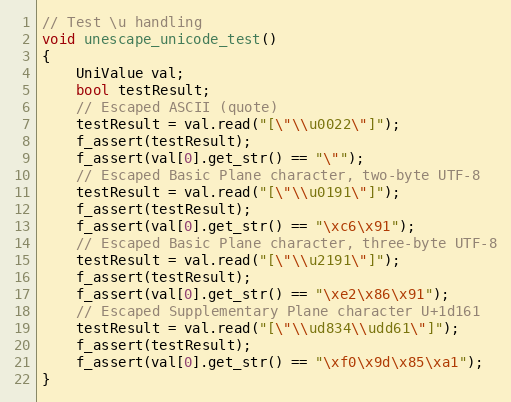
Language: C++
// Test \u handling
void unescape_unicode_test()
{
    UniValue val;
    bool testResult;
    // Escaped ASCII (quote)
    testResult = val.read("[\"\\u0022\"]");
    f_assert(testResult);
    f_assert(val[0].get_str() == "\"");
    // Escaped Basic Plane character, two-byte UTF-8
    testResult = val.read("[\"\\u0191\"]");
    f_assert(testResult);
    f_assert(val[0].get_str() == "\xc6\x91");
    // Escaped Basic Plane character, three-byte UTF-8
    testResult = val.read("[\"\\u2191\"]");
    f_assert(testResult);
    f_assert(val[0].get_str() == "\xe2\x86\x91");
    // Escaped Supplementary Plane character U+1d161
    testResult = val.read("[\"\\ud834\\udd61\"]");
    f_assert(testResult);
    f_assert(val[0].get_str() == "\xf0\x9d\x85\xa1");
}